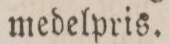
medelpris.